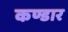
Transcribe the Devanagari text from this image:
कण्डार